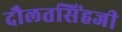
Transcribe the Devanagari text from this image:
दौलतसिंहजी